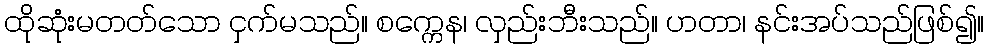
ထိုဆုံးမတတ်သော ငှက်မသည်။ စက္ကေန၊ လှည်းဘီးသည်။ ဟတာ၊ နင်းအပ်သည်ဖြစ်၍။